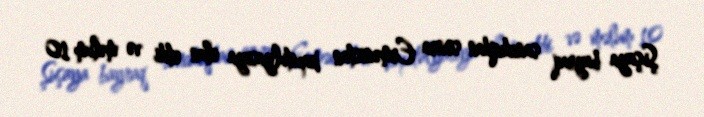
Şuşaya bayraq sancdıqdan sonra Ermənistan kapitulyasiya elan etdi və məlum 10